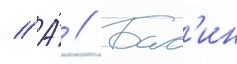
// А́ // Бас'ин